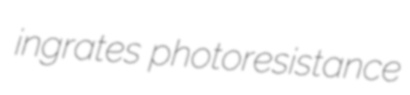
ingrates photoresistance